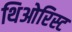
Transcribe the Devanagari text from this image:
थिओरिस्ट